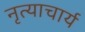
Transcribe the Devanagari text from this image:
नृत्याचार्य